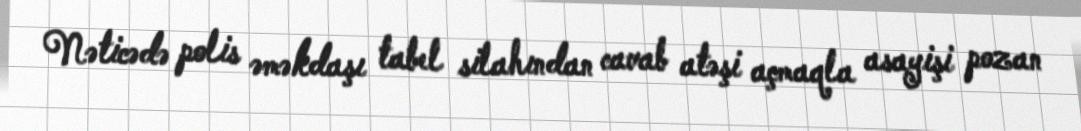
Nəticədə polis əməkdaşı tabel silahından cavab atəşi açmaqla asayişi pozan